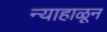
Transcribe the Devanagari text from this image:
न्याहाळून